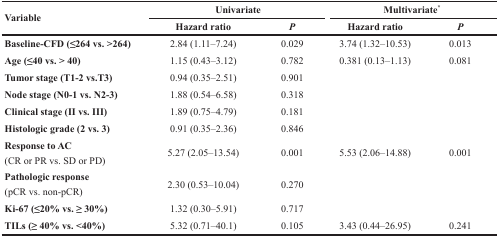
<table><thead><tr><td rowspan="2"><b>Variable</b></td><td colspan="2"><b>Univariate</b></td><td colspan="2"><b>Multivariate<sup>*</sup></b></td></tr><tr><td><b>Hazard ratio</b></td><td><b><i>P</i></b></td><td><b>Hazard ratio</b></td><td><b><i>P</i></b></td></tr></thead><tbody><tr><td><b>Baseline-CFD (≤264 vs. &gt;264)</b></td><td>2.84 (1.11–7.24)</td><td>0.029</td><td>3.74 (1.32–10.53)</td><td>0.013</td></tr><tr><td><b>Age (≤40 vs. &gt; 40)</b></td><td>1.15 (0.43–3.12)</td><td>0.782</td><td>0.381 (0.13–1.13)</td><td>0.081</td></tr><tr><td><b>Tumor stage (T1-2 vs.T3)</b></td><td>0.94 (0.35–2.51)</td><td>0.901</td><td></td><td></td></tr><tr><td><b>Node stage (N0-1 vs. N2-3)</b></td><td>1.88 (0.54–6.58)</td><td>0.318</td><td></td><td></td></tr><tr><td><b>Clinical stage (II vs. III)</b></td><td>1.89 (0.75–4.79)</td><td>0.181</td><td></td><td></td></tr><tr><td><b>Histologic grade (2 vs. 3)</b></td><td>0.91 (0.35–2.36)</td><td>0.846</td><td></td><td></td></tr><tr><td><b>Response to AC</b>(CR or PR vs. SD or PD)</td><td>5.27 (2.05–13.54)</td><td>0.001</td><td>5.53 (2.06–14.88)</td><td>0.001</td></tr><tr><td><b>Pathologic response</b>(pCR vs. non-pCR)</td><td>2.30 (0.53–10.04)</td><td>0.270</td><td></td><td></td></tr><tr><td><b>Ki-67 (≤20% vs. ≥ 30%)</b></td><td>1.32 (0.30–5.91)</td><td>0.717</td><td></td><td></td></tr><tr><td><b>TILs (≥ 40% vs. &lt;40%)</b></td><td>5.32 (0.71–40.1)</td><td>0.105</td><td>3.43 (0.44–26.95)</td><td>0.241</td></tr></tbody></table>